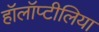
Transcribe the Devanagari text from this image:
हॉलॉप्टीलिया